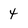
Character: 4